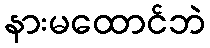
နားမထောင်ဘဲ